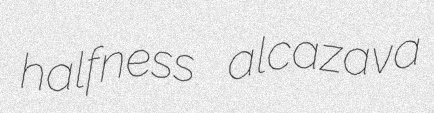
halfness alcazava